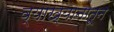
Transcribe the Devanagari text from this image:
व्याख्यानातून